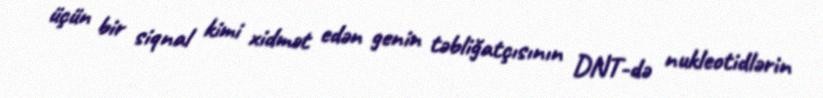
üçün bir siqnal kimi xidmət edən genin təbliğatçısının DNT-də nukleotidlərin